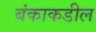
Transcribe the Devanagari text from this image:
बंकाकडील